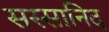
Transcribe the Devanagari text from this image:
सस्सानिद